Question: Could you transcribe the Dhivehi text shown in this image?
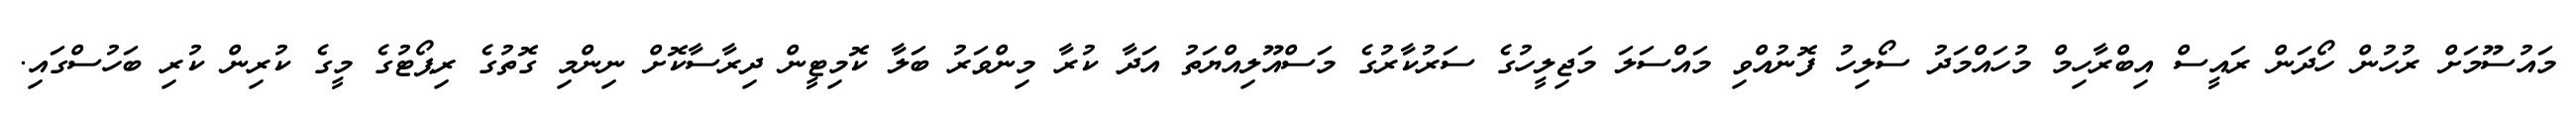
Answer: މައުސޫމަށް ރުހުން ހޯދަން ރައީސް އިބްރާހިމް މުހައްމަދު ސޯލިހު ފޮނުއްވި މައްސަލަ މަޖިލީހުގެ ސަރުކާރުގެ މަސްއޫލިއްޔަތު އަދާ ކުރާ މިންވަރު ބަލާ ކޮމިޓީން ދިރާސާކޮށް ނިންމި ގޮތުގެ ރިޕޯޓުގެ މީގެ ކުރިން ކުރި ބަހުސްގައި.